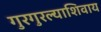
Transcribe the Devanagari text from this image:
गुरगुरल्याशिवाय